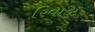
રિવાઝ